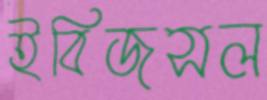
ইবিজসল